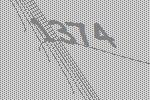
1374